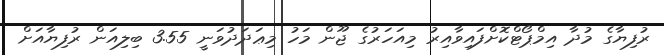
ރުފިޔާގެ މުދާ އިމްޕޯޓްކޮށްފައިވާއިރު މިއަހަރުގެ ޖޫން މަހު މިޢަދަދުވަނީ 3.55 ބިލިއަން ރުފިޔާއަށް